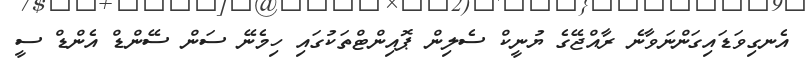
އެނގިވަޑައިގަންނަވާނެ ރާއްޖޭގެ ޔުނީކް ސެލިން ޕޮއިންޓްތަކުގައި ހިމެނޭ ސަން ސޭންޑް އެންޑް ސީ